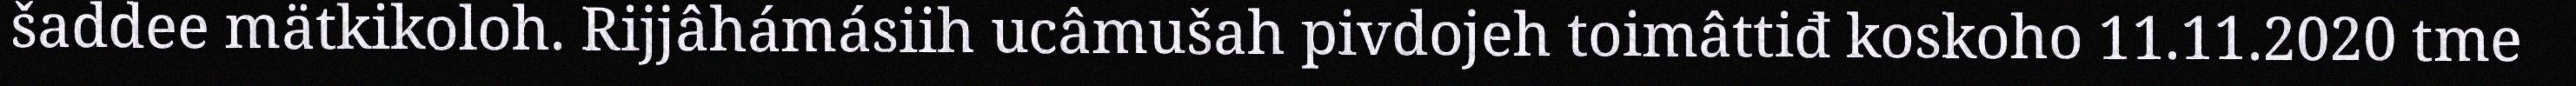
šaddee mätkikoloh. Rijjâhámásiih ucâmušah pivdojeh toimâttiđ koskoho 11.11.2020 tme